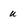
Character: u